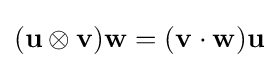
(\mathbf {u} \otimes \mathbf {v} )\mathbf {w} =(\mathbf {v} \cdot \mathbf {w} )\mathbf {u}